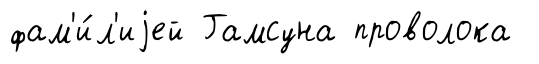
фам'и́л'иjей Гамсуна проволока